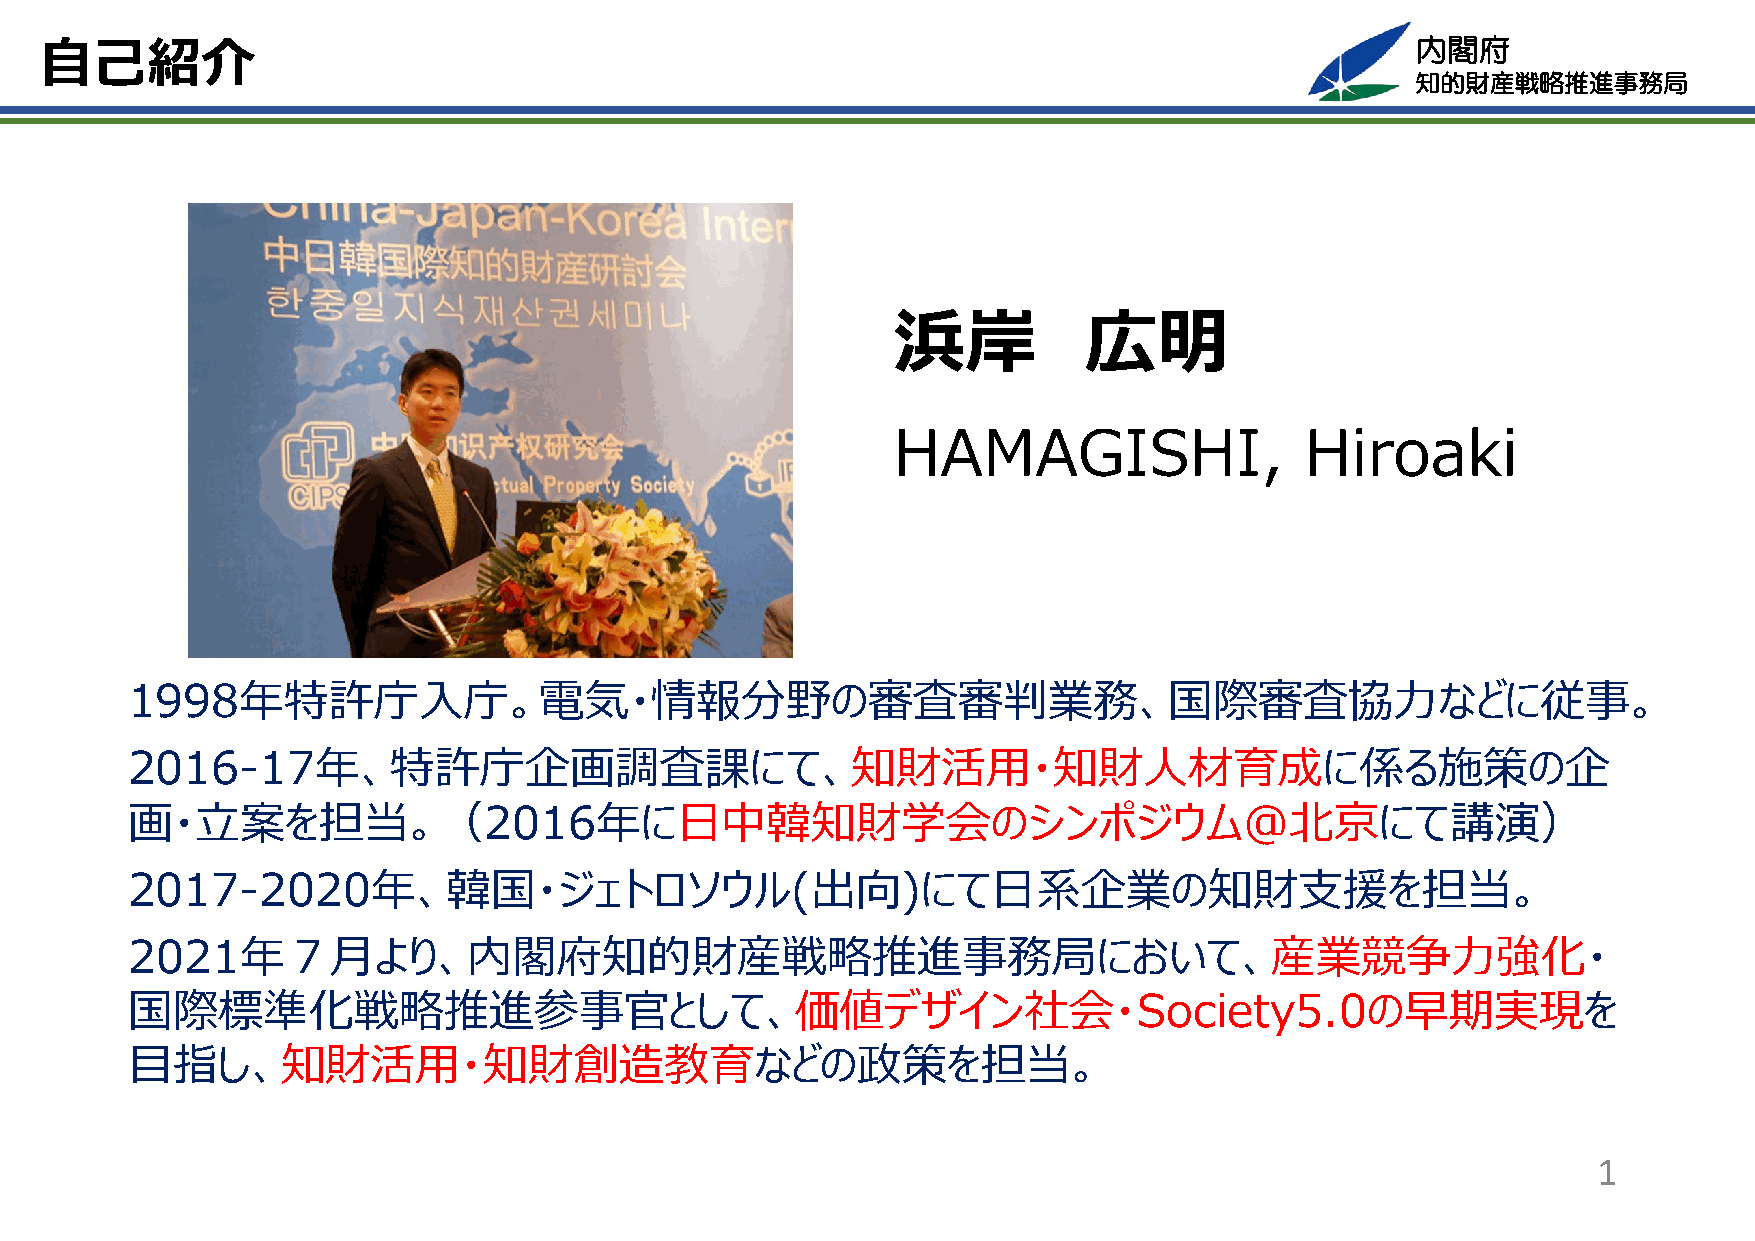
内閣府
 ⾃⼰紹介
 知的財産戦略推進事務局
 浜岸           広明
 HAMAGISHI,                 Hiroaki
 1998年特許庁⼊庁。電気・情報分野の審査審判業務、国際審査協⼒などに従事。
 2016-17年、特許庁企画調査課にて、知財活⽤・知財⼈材育成に係る施策の企
 画・⽴案を担当。（2016年に⽇中韓知財学会のシンポジウム@北京にて講演）
 2017-2020年、韓国・ジェトロソウル(出向)にて⽇系企業の知財⽀援を担当。
 2021年７⽉より、内閣府知的財産戦略推進事務局において、産業競争⼒強化・
 国際標準化戦略推進参事官として、価値デザイン社会・Society5.0の早期実現を
 ⽬指し、知財活⽤・知財創造教育などの政策を担当。
 1